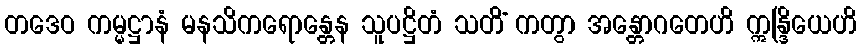
တဒေဝ ကမ္မဋ္ဌာနံ မနသိကရောန္တေန သူပဋ္ဌိတံ သတိံ ကတွာ အန္တောဂတေဟိ ဣန္ဒြိယေဟိ